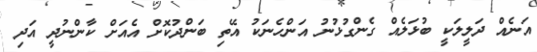
އަނެއް ދަލީލަކީ ބުޅަލެއް ގެންގުޅުނު އަންހެނަކު އޭތި ބަންދުކޮށް އެއަށް ކާންނުދީ އަދި